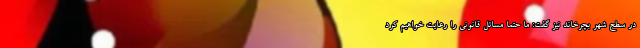
در سطح شهر بچرخاند نیز گفت: ما حتما مسائل قانونی را رعایت خواهیم کرد